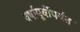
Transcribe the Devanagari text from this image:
वर्षापूर्वीपर्यंत